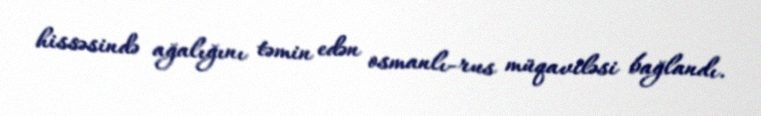
hissəsində ağalığını təmin edən osmanlı-rus müqaviləsi bağlandı.